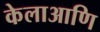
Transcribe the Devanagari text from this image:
केलाआणि